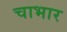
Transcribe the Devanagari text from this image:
चाभार